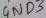
Text: 4ND3